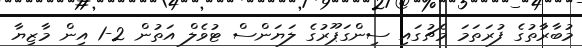
މުބާރާުތުގެ ފުރަތަމަ މެޗުގައި ސިންގަޕޫރުގެ ލަޔަންސް ޓުވެލް އަތުން 2-1 އިން މާޒިޔާ